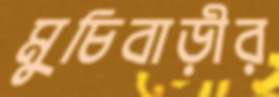
মুচিবাড়ীর